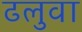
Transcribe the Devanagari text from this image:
ढलुवा